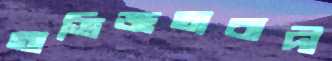
অভিজ্ঞতাবাদী